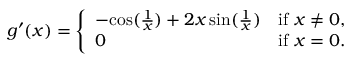
g ^ { \prime } ( x ) = { \left\{ \begin{array} { l l } { - { \mathord { \cos ( { \frac { 1 } { x } } ) } } + 2 x \sin ( { \frac { 1 } { x } } ) } & { { \mathrm { i f ~ } } x \neq 0 , } \\ { 0 } & { { \mathrm { i f ~ } } x = 0 . } \end{array} \right. }